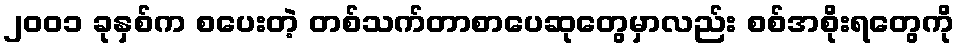
၂၀၀၁ ခုနှစ်က စပေးတဲ့ တစ်သက်တာစာပေဆုတွေမှာလည်း စစ်အစိုးရတွေကို